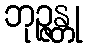
ဘုဉ္ဇန္တု